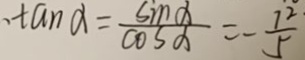
\tan \alpha = \frac { \sin \alpha } { \cos \alpha } = - \frac { 1 ^ { 2 } } { 5 }